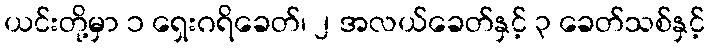
ယင်းတို့မှာ ၁ ရှေးဂရိခေတ်၊ ၂ အလယ်ခေတ်နှင့် ၃ ခေတ်သစ်နှင့်